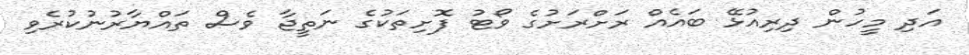
އަދި މީހުން ދިރިއުޅޭ ބައެއް ރަށްރަށުގެ ވޯޓު ފޮށިތަކުގެ ނަތީޖާ ވެސް ތައްޔާރުނުކުރެވި